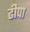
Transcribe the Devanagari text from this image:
ढीपा